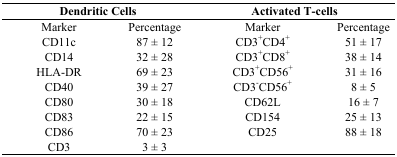
<table><thead><tr><td colspan="2"><b>Dendritic Cells</b></td><td colspan="2"><b>Activated T-cells</b></td></tr></thead><tbody><tr><td>Marker</td><td>Percentage</td><td>Marker</td><td>Percentage</td></tr><tr><td>CD11c</td><td>87 ± 12</td><td>CD3<sup>+</sup>CD4<sup>+</sup></td><td>51 ± 17</td></tr><tr><td>CD14</td><td>32 ± 28</td><td>CD3<sup>+</sup>CD8<sup>+</sup></td><td>38 ± 14</td></tr><tr><td>HLA-DR</td><td>69 ± 23</td><td>CD3<sup>+</sup>CD56<sup>+</sup></td><td>31 ± 16</td></tr><tr><td>CD40</td><td>39 ± 27</td><td>CD3<sup>-</sup>CD56<sup>+</sup></td><td>8 ± 5</td></tr><tr><td>CD80</td><td>30 ± 18</td><td>CD62L</td><td>16 ± 7</td></tr><tr><td>CD83</td><td>22 ± 15</td><td>CD154</td><td>25 ± 13</td></tr><tr><td>CD86</td><td>70 ± 23</td><td>CD25</td><td>88 ± 18</td></tr><tr><td>CD3</td><td>3 ± 3</td><td></td><td></td></tr></tbody></table>